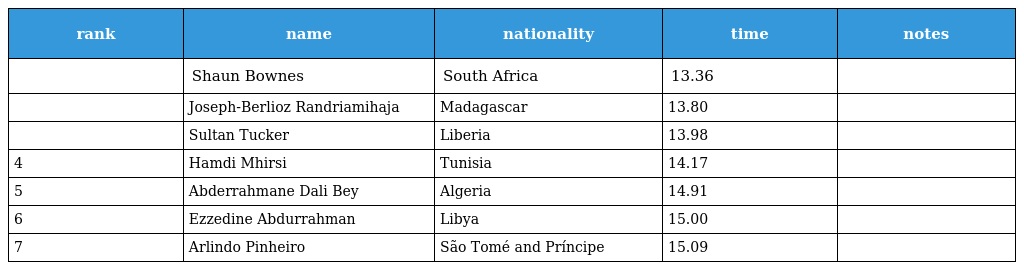
| rank | name | nationality | time | notes |
 | --- | --- | --- | --- | --- |
 |  | Shaun Bownes | South Africa | 13.36 |  |
 |  | Joseph-Berlioz Randriamihaja | Madagascar | 13.80 |  |
 |  | Sultan Tucker | Liberia | 13.98 |  |
 | 4 | Hamdi Mhirsi | Tunisia | 14.17 |  |
 | 5 | Abderrahmane Dali Bey | Algeria | 14.91 |  |
 | 6 | Ezzedine Abdurrahman | Libya | 15.00 |  |
 | 7 | Arlindo Pinheiro | São Tomé and Príncipe | 15.09 |  |